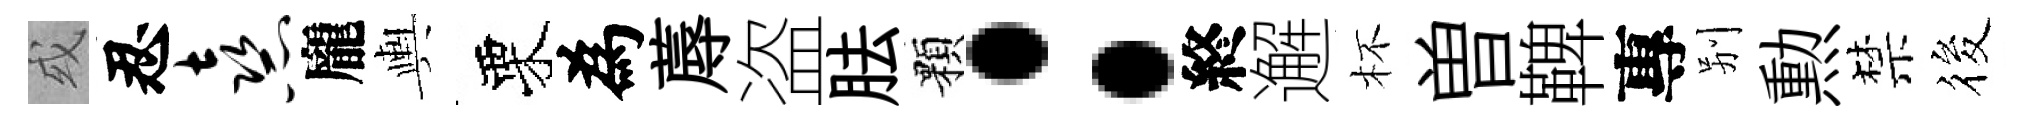
或忍熹龐輿栗為蓐盗胠顆：終邂杯曽鞞專别勲禁筱